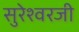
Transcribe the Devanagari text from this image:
सुरेश्वरजी